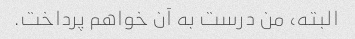
البته، من درست به آن خواهم پرداخت.